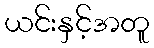
ယင်းနှင့်အတူ